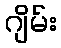
ဂျိမ်း